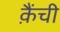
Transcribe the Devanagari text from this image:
क़ैंची